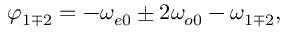
\varphi _ { 1 \mp 2 } = - \omega _ { e 0 } \pm 2 \omega _ { o 0 } - \omega _ { 1 \mp 2 } ,